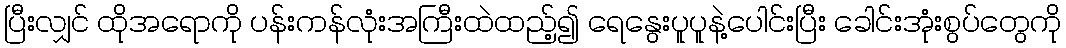
ပြီးလျှင် ထိုအရောကို ပန်းကန်လုံးအကြီးထဲထည့်၍ ရေနွေးပူပူနဲ့ပေါင်းပြီး ခေါင်းအုံးစွပ်တွေကို